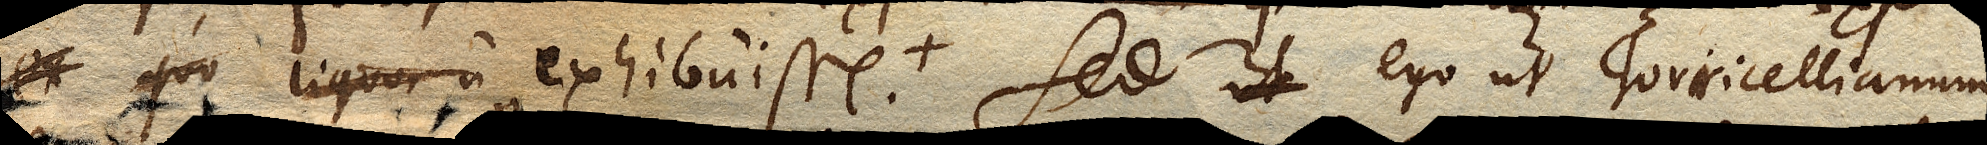
ex quo liquor a exhibuisse. Sed ego ut Torricellianum